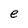
Character: e